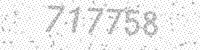
Solution: 717758